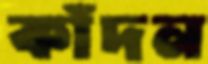
কাঁদন